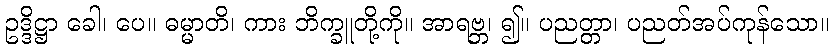
ဥဒ္ဒိဋ္ဌာ ခေါ၊ ပေ။ ဓမ္မာတိ၊ ကား ဘိက္ခူတို့ကို။ အာရဗ္ဘ၊ ၍။ ပညတ္တာ၊ ပညတ်အပ်ကုန်သော။